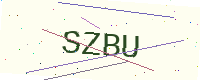
Text: SZBU